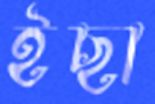
ইছা